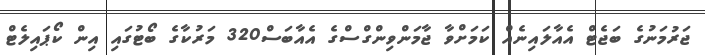
ޖަރުމަނުގެ ބަޖެޓް އެއާލައިނެއް ކަމަށްވާ ޖާމަންވިންގްސްގެ އެއާބަސް320 މަރުކާގެ ބޯޓުގައި އިން ކޯޕަައިލެޓް